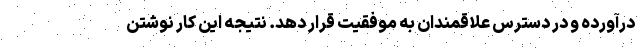
درآورده و در دسترس علاقمندان به موفقیت قرار دهد. نتیجه این کار نوشتن